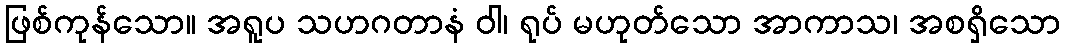
ဖြစ်ကုန်သော။ အရူပ သဟဂတာနံ ဝါ၊ ရုပ် မဟုတ်သော အာကာသ၊ အစရှိသော